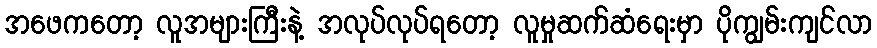
အဖေကတော့ လူအများကြီးနဲ့ အလုပ်လုပ်ရတော့ လူမှုဆက်ဆံရေးမှာ ပိုကျွမ်းကျင်လာ